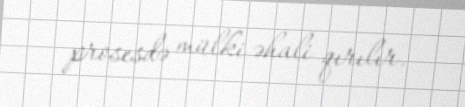
prosesdə mülki əhali qırılır.